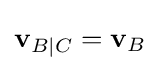
\mathbf {v} _{B|C}=\mathbf {v} _{B}